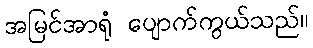
အမြင်အာရုံ ပျောက်ကွယ်သည်။